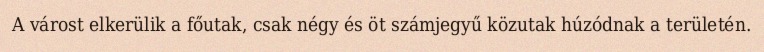
A várost elkerülik a főutak, csak négy és öt számjegyű közutak húzódnak a területén.